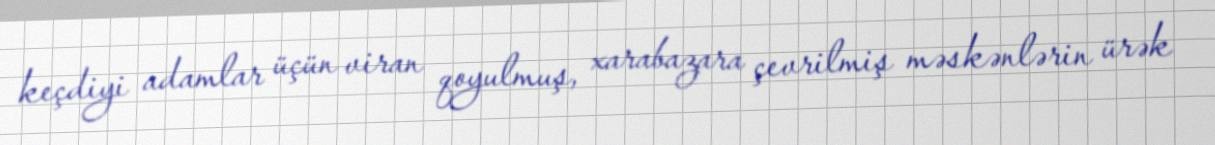
keçdiyi adamlar üçün viran qoyulmuş, xarabazara çevrilmiş məskənlərin ürək